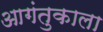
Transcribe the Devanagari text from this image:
आगंतुकाला